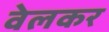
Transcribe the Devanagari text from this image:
वेलकर